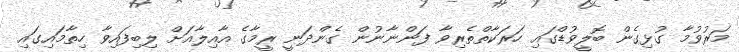
މަރުވުމާ ގުޅިގެން ބޮލީވުޑްގައި ހަރަކާތްތެރިވާ ފަންނާނުން ގެންދަނީ ރީމާގެ އާއިލާއަށް ލިބިފައިވާ ހިތާމައިގައި